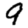
Digit: 9